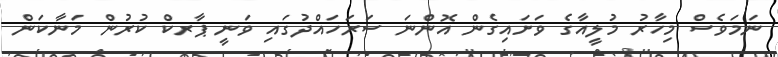
ނަމަވެސް މިހާރު މުލީއާގެ ވަށައިގެން އޮންނަ ސަރަހައްދުގައި ވަނީ ޕާރކް ކުރުން މަނާކަން